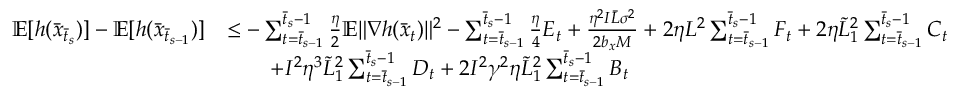
\begin{array} { r l } { \mathbb { E } [ h ( \bar { x } _ { \bar { t } _ { s } } ) ] - \mathbb { E } [ h ( \bar { x } _ { \bar { t } _ { s - 1 } } ) ] } & { \leq - \sum _ { t = \bar { t } _ { s - 1 } } ^ { \bar { t } _ { s } - 1 } \frac { \eta } { 2 } \mathbb { E } \| \nabla h ( \bar { x } _ { t } ) \| ^ { 2 } - \sum _ { t = \bar { t } _ { s - 1 } } ^ { \bar { t } _ { s } - 1 } \frac { \eta } { 4 } E _ { t } + \frac { \eta ^ { 2 } I \bar { L } \sigma ^ { 2 } } { 2 b _ { x } M } + 2 \eta L ^ { 2 } \sum _ { t = \bar { t } _ { s - 1 } } ^ { \bar { t } _ { s } - 1 } F _ { t } + 2 \eta \tilde { L } _ { 1 } ^ { 2 } \sum _ { t = \bar { t } _ { s - 1 } } ^ { \bar { t } _ { s } - 1 } C _ { t } } \\ & { \qquad + I ^ { 2 } \eta ^ { 3 } \tilde { L } _ { 1 } ^ { 2 } \sum _ { t = \bar { t } _ { s - 1 } } ^ { \bar { t } _ { s } - 1 } D _ { t } + 2 I ^ { 2 } \gamma ^ { 2 } \eta \tilde { L } _ { 1 } ^ { 2 } \sum _ { t = \bar { t } _ { s - 1 } } ^ { \bar { t } _ { s } - 1 } B _ { t } } \end{array}